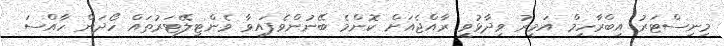
މިނިސްޓަރު އިބްރާހިމް އަމީރު ވިދާޅުވީ ރާއްޖެއަށް ކޮންމެ ބޭނުންވެފައިވާ ވެންޓިލޭޓަރުތައް ހޯދަން ހާއްސަ